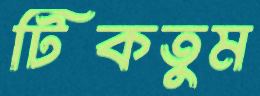
টিকতুম